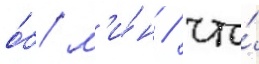
о́б/ м'и́н / что́